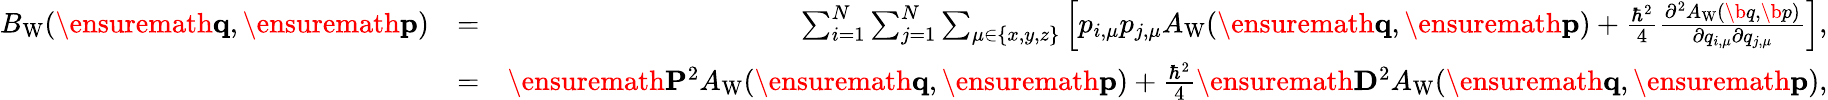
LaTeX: \begin{array}{rlr}{B_{\mathrm{W}}(\ensuremath{\mathbf{q}},\ensuremath{\mathbf{p}})}&{=}&{\sum_{i=1}^{N}\sum_{j=1}^{N}\sum_{\mu\in\{ x,y,z\} }\left[p_{i,\mu}p_{j,\mu}A_{\mathrm{W}}(\ensuremath{\mathbf{q}},\ensuremath{\mathbf{p}})+\frac{\hbar^{2}}{4}\frac{\partial^{2}A_{\mathrm{W}}(\b{q},\b{p})}{\partial q_{i,\mu}\partial q_{j,\mu}}\right],}\\ &{=}&{\ensuremath{\mathbf{P}}^{2}A_{\mathrm{W}}(\ensuremath{\mathbf{q}},\ensuremath{\mathbf{p}})+\frac{\hbar^{2}}{4}\ensuremath{\mathbf{D}}^{2}A_{\mathrm{W}}(\ensuremath{\mathbf{q}},\ensuremath{\mathbf{p}}),}\end{array}